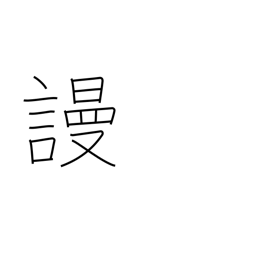
Meaning: despise